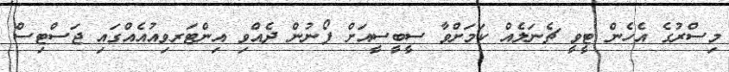
މިސްރުގެ އެހެން ޓީވީ ޗެނަލެއް ކަމަށްވާ ސީބީސީއަށް ފޯނުން ދެއްވި އިންޓަރވިއުއެއްގައި ޖަސްޓިސް